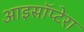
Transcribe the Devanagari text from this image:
आइसॉप्टेरा